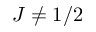
J \neq 1 / 2